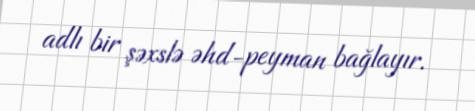
adlı bir şəxslə əhd-peyman bağlayır.